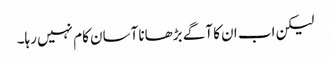
لیکن اب ان کا آگے بڑھانا آسان کام نہیں رہا۔